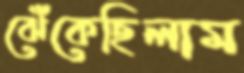
ঝেঁকেছিলাম